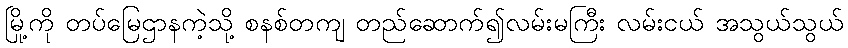
မြို့ကို တပ်မြေဌာနကဲ့သို့ စနစ်တကျ တည်ဆောက်၍လမ်းမကြီး လမ်းငယ် အသွယ်သွယ်